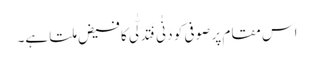
اس مقام پر صوفی کو دَنٰی فَتَدَلّٰی کا فیض ملتا ہے۔